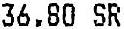
36.80 SR